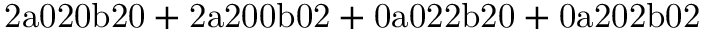
\mathrm { 2 a 0 2 0 b 2 0 + 2 a 2 0 0 b 0 2 + 0 a 0 2 2 b 2 0 + 0 a 2 0 2 b 0 2 }